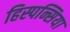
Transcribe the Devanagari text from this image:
हिस्पन्सिया